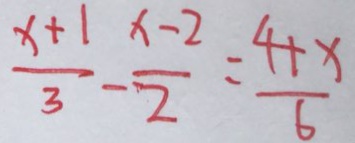
\frac { x + 1 } { 3 } - \frac { x - 2 } { 2 } = \frac { 4 + x } { 6 }